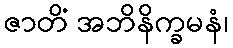
ဇာတိံ အဘိနိက္ခမနံ၊